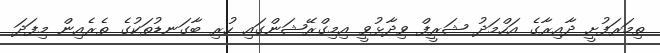
ތިމަރަފުށީ ދާއިރާގެ އަހްމަދު ޝަރީފް ވިދާޅުވީ އިމިގްރޭޝަންގައި ހުރި ބާގަނޑުތަކުގެ ތެރެއިން މިފަދަ